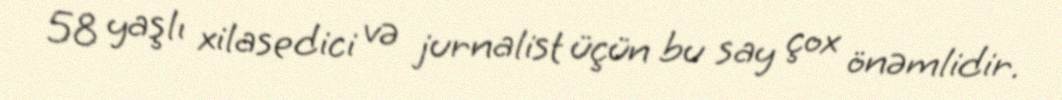
58 yaşlı xilasedici və jurnalist üçün bu say çox önəmlidir.